Civil Veterinary Dept. Bombay admin report 1923-31 - 1923-1931
Year: 1923
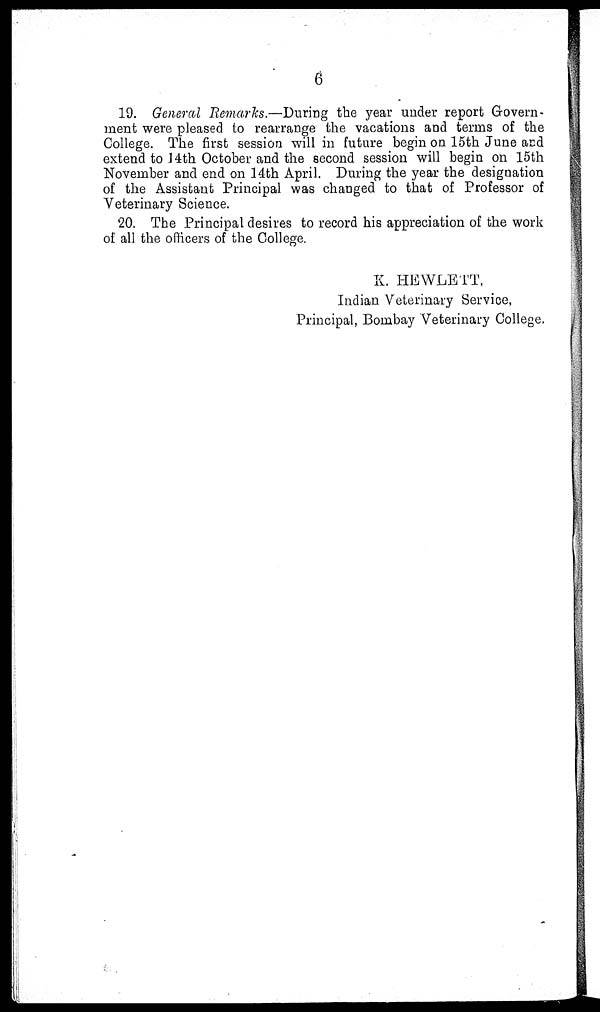
6
19. General Remarks.—During the year under report Govern-
ment were pleased to rearrange the vacations and terms of the
College. The first session will in future begin on 15th June and
extend to 14th October and the second session will begin on 15th
November and end on 14th April. During the year the designation
of the Assistant Principal was changed to that of Professor of
Veterinary Science.
20. The Principal desires to record his appreciation of the work
of all the officers of the College.
K. HEWLETT,
Indian Veterinary Service,
Principal, Bombay Veterinary College.